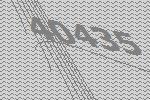
40435